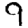
Digit: 9